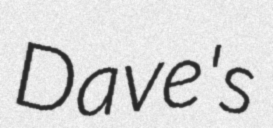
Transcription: Dave's